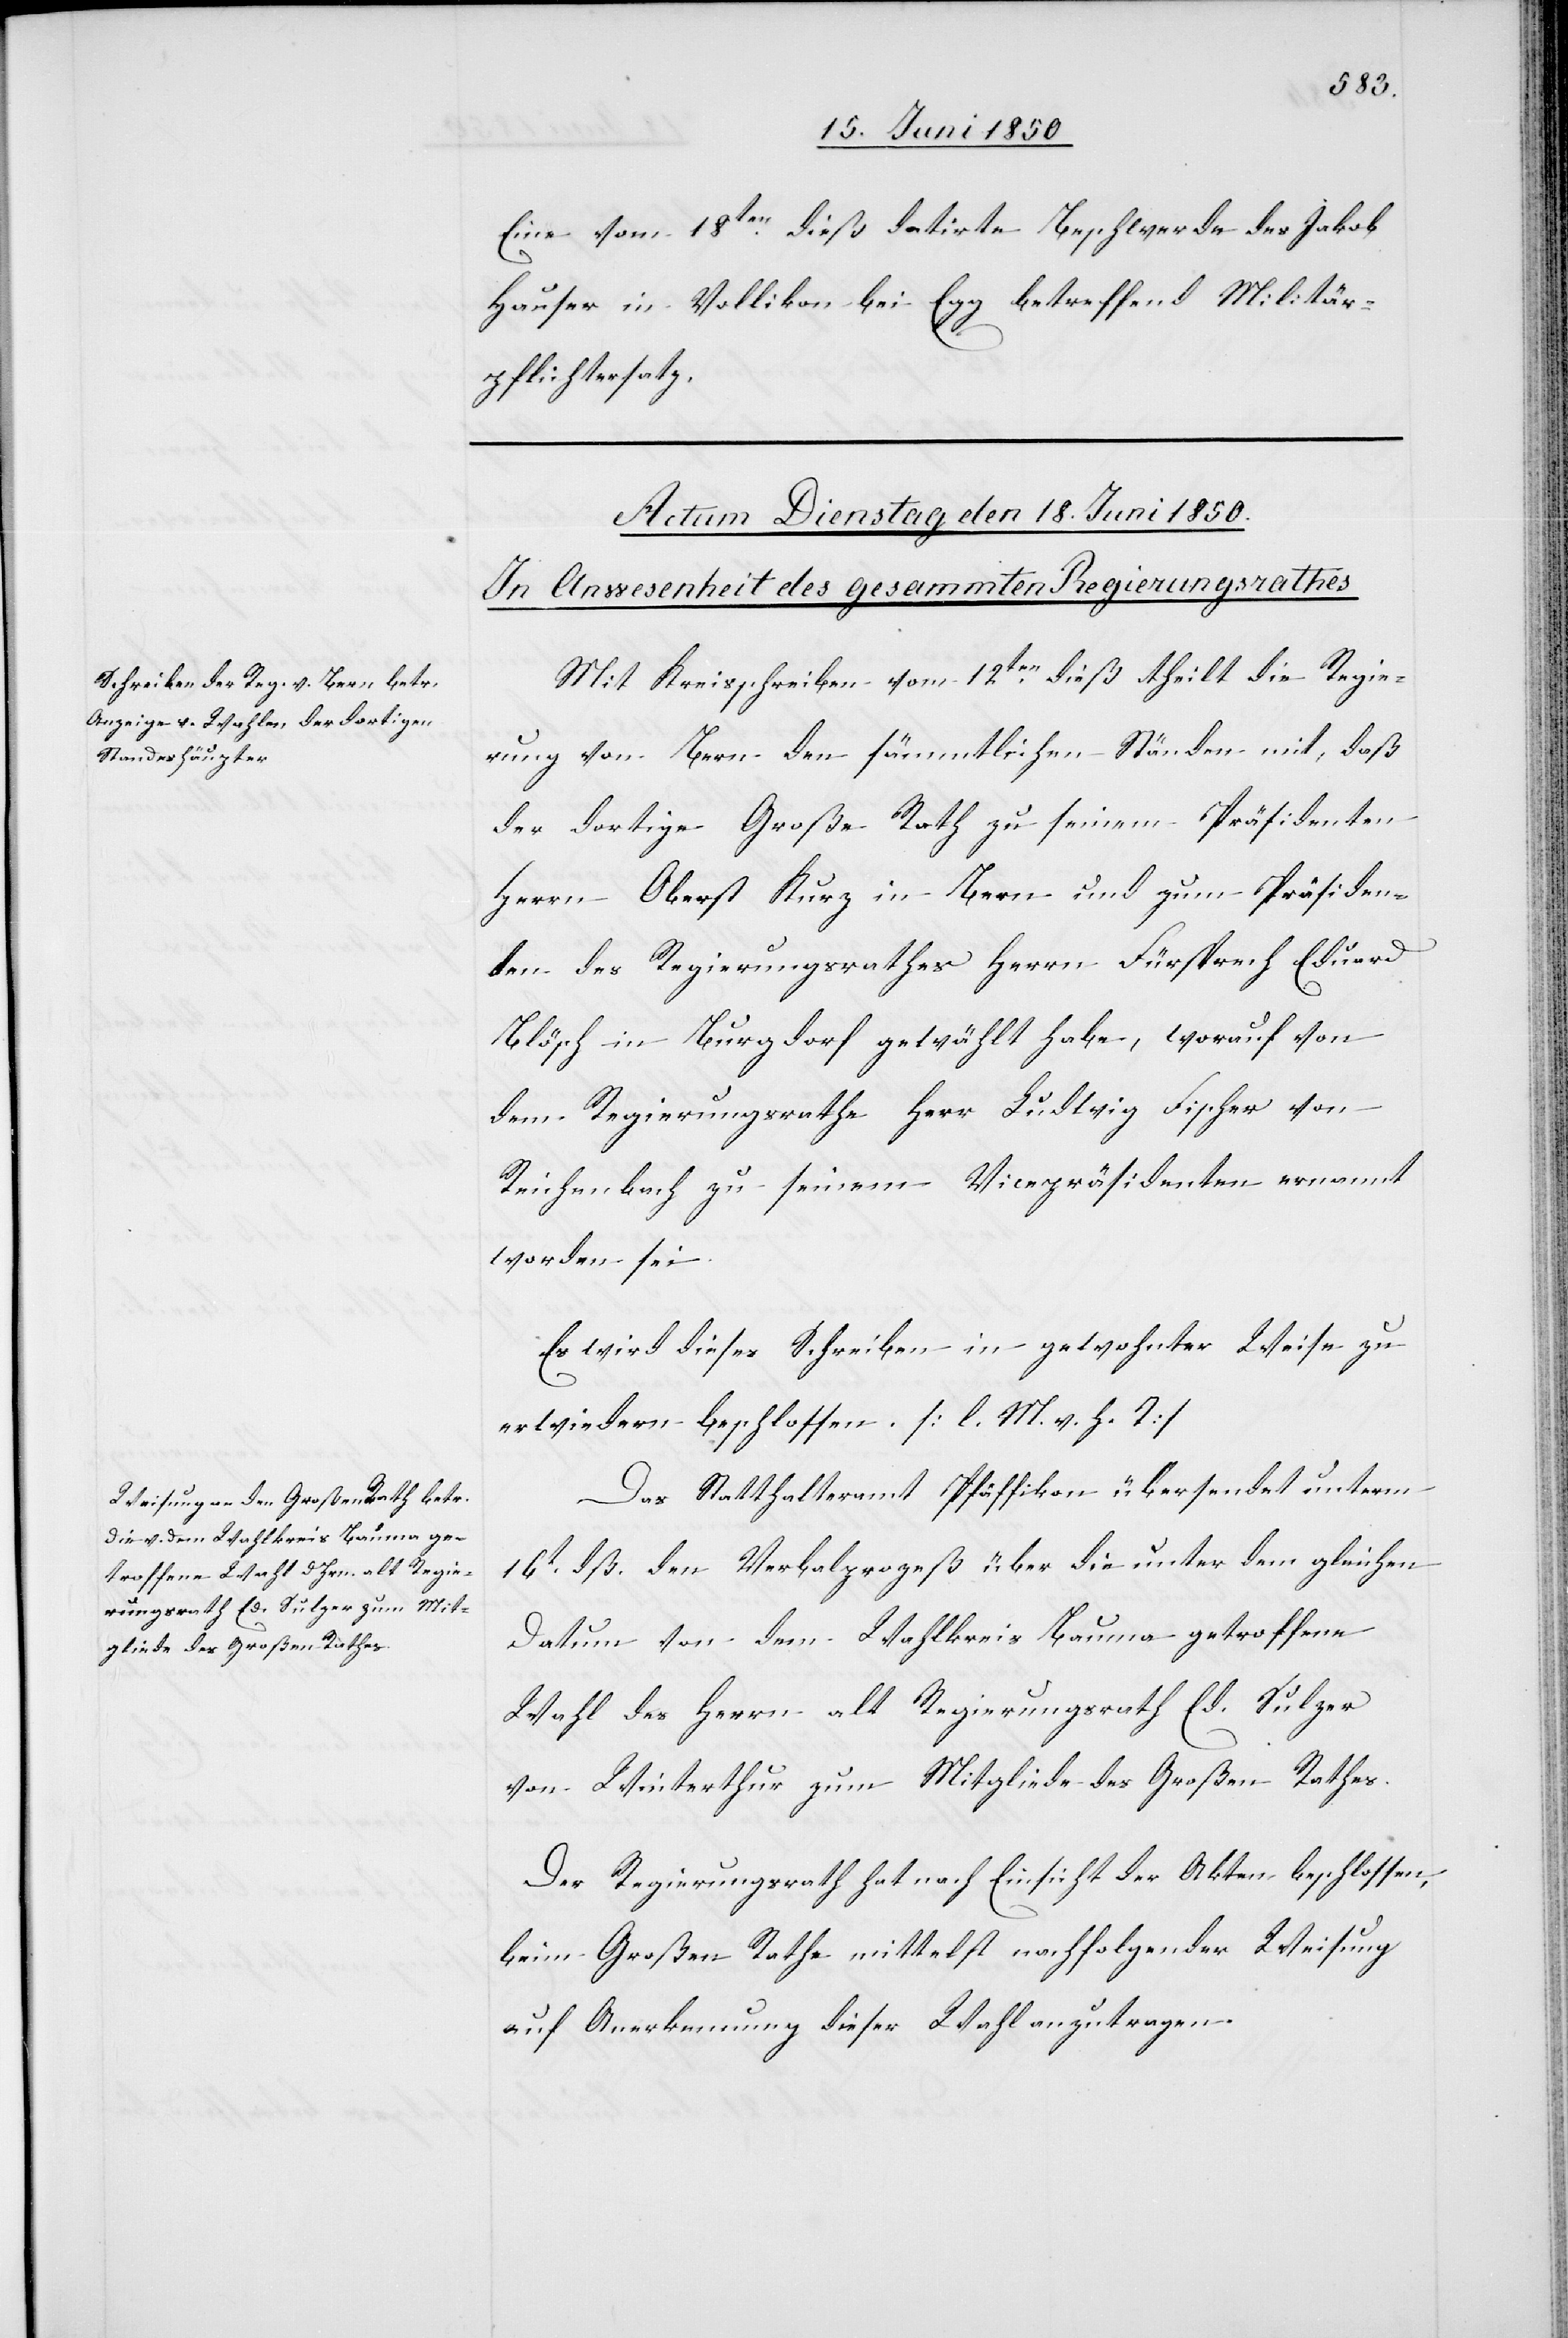
Eine vom 18ten dieß datirte Beschwerde des Jakob
Hauser in Vollikon bei Egg betreffend Militär¬
pflichtersatz.
Mit Kreisschreiben vom 12ten dieß theilt die Regie¬
rung von Bern den sämmtlichen Ständen mit, daß
der dortige Große Rath zu einem Präsidenten
Herrn Oberst Kurz in Bern und zum Präsiden¬
ten des Regierungsrathes Herrn Fürsprech Eduard
Blösch in Burgdorf gewählt habe, worauf von
dem Regierungsrathe Herr Ludwig Fischer von
Reichenbach zu seinem Vicepräsidenten ernannt
worden sei.
Es wird dieses Schreiben in gewohnter Weise zu
erwiedern beschlossen. [l. M. v. h. T]
Das Statthalteramt Pfäffikon übersendet unterm
16t dß. den Verbalprozeß über die unter dem gleichen
Datum von dem Wahlkreis Bauma getroffene
Wahl des Herrn alt Regierungsrath Ed. Sulzer
von Winterthur zum Mitgliede des Großen Rathes.
Der Regierungsrath hat nach Einsicht der Akten beschlossen,
beim Großen Rathe mittelst nachfolgender Weisung
auf Anerkennung dieser Wahl anzutragen.